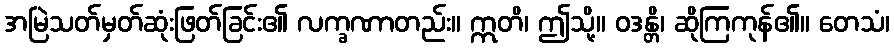
အမြဲသတ်မှတ်ဆုံးဖြတ်ခြင်း၏ လက္ခဏာတည်း။ ဣတိ၊ ဤသို့။ ဝဒန္တိ၊ ဆိုကြကုန်၏။ တေသံ၊